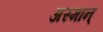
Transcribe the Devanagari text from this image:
अस्मान्